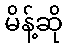
မိန့်ဆို